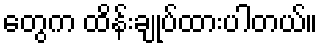
တွေက ထိန်းချုပ်ထားပါတယ်။